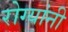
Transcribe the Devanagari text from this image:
रोग्यांनी